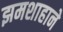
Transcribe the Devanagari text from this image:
झमशाहाने